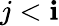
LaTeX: j<\mathbf{i}